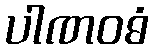
ပါဏဝဓံ